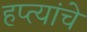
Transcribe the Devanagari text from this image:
हप्त्यांचे